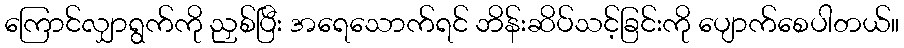
ကြောင်လျှာရွက်ကို ညှစ်ပြီး အရေသောက်ရင် ဘိန်းဆိပ်သင့်ခြင်းကို ပျောက်စေပါတယ်။